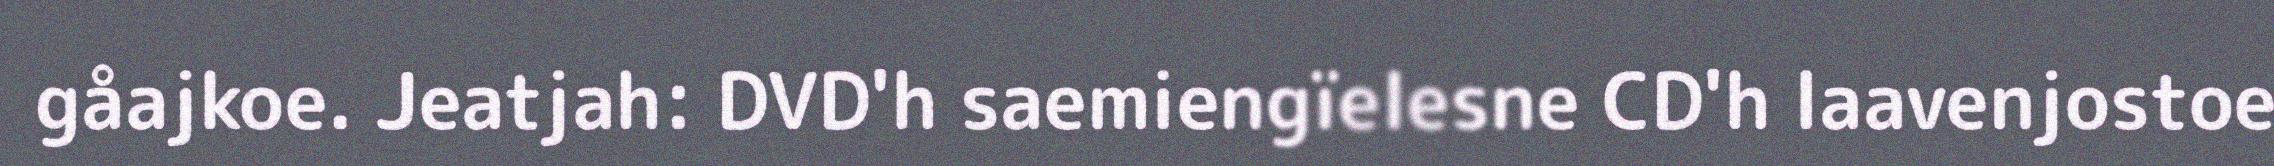
gåajkoe. Jeatjah: DVD'h saemiengïelesne CD'h laavenjostoe